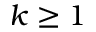
k \ge 1